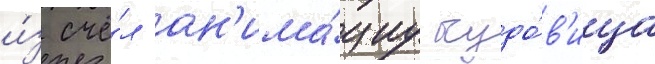
и́з счё́л ан'има́циу чудо́в'ища